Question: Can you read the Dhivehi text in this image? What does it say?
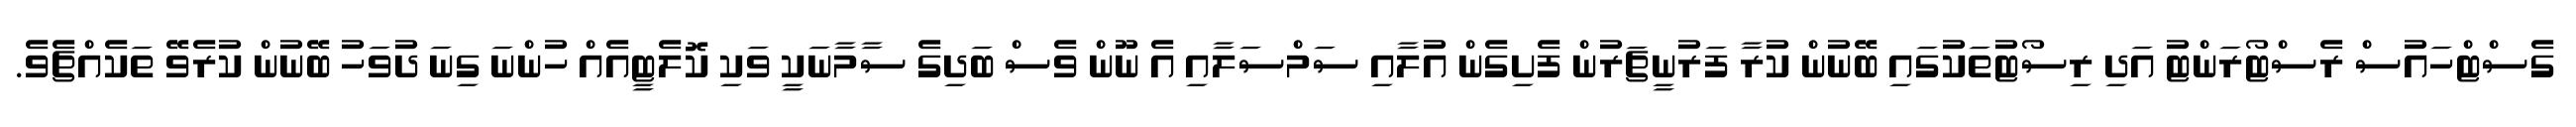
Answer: ގެސްޓްހައުސް ރެސްޓޯރަންޓު އަދި ރިސޯޓުތަކުގައި ބޭނުން ކުރާ ފަރުނީޗަރުން ފެށިގެން އުލާއި ސަމްސަލާއި އެ ނޫން ވެސް ބަދިގެ ސާމާނަކީ ވަކި ކޮލެޓީއެއް ހުންނަ ގިނަ ދުވަހު ބޭނުން ކުރެވޭ ތަކެއްޗެވެ.